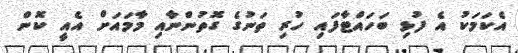
އެކަމަކު އެ ފުޅި ބަހައްޓާފައި ހުރި ތަނުގެ ގޮތުންނާއި މާމައަށް އެއީ ކޮން